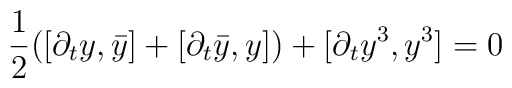
{1\over 2}([\partial_t y, \bar{y}]+[\partial_t \bar{y},y])+[\partial_t y^3, y^3]=0